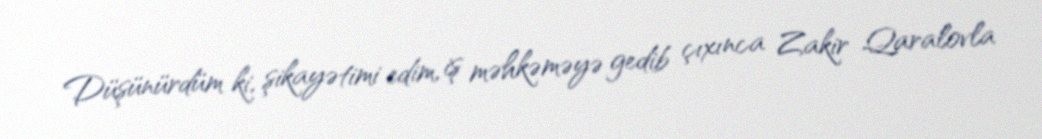
Düşünürdüm ki, şikayətimi edim, iş məhkəməyə gedib çıxınca Zakir Qaralovla